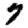
Digit: 7